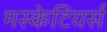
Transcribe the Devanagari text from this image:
मस्केटियर्स